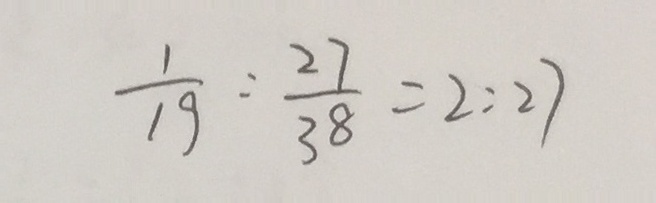
\frac { 1 } { 1 9 } : \frac { 2 7 } { 3 8 } = 2 : 2 7